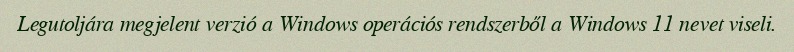
Legutoljára megjelent verzió a Windows operációs rendszerből a Windows 11 nevet viseli.